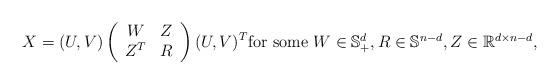
LaTeX: \begin{align*} X = (U,V) \left( \begin{array}{cc} W & Z \\ Z^T & R \end{array} \right) (U,V)^T \mbox{\rm for some $W \in \mathbb{S}^{d}_{+}, R \in \mathbb{S}^{n-d}, Z \in \mathbb{R}^{d \times n-d}$},\end{align*}